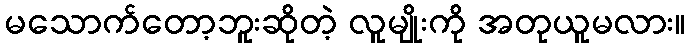
မသောက်တော့ဘူးဆိုတဲ့ လူမျိုးကို အတုယူမလား။